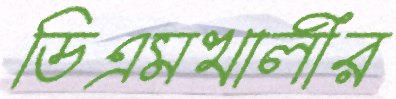
ডিএমখালীর